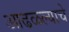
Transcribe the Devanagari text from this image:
आढळल्याचे